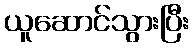
ယူဆောင်သွားပြီး